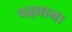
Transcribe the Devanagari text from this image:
चढ़वाना